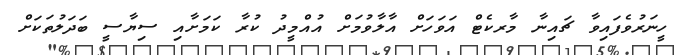
ހީނަރުވެފައިވާ ޗައިނާ މާރކެޓް އަވަހަށް އާލާވުމަށް އުއްމީދު ކުރާ ކަމަށާއި ސިޔާސީ ބަދަލުތަކަށް